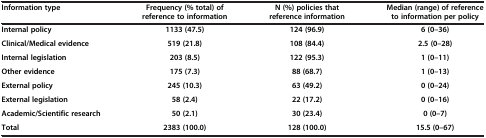
| Information type | Frequency (% total) of | N (%) policies that | Median (range) of reference |
 |  | reference to information | reference information | to information per policy |
 | --- | --- | --- | --- |
 | Internal policy | 1133 (47.5) | 124 (96.9) | 6 (0–36) |
 | Clinical/Medical evidence | 519 (21.8) | 108 (84.4) | 2.5 (0–28) |
 | Internal legislation | 203 (8.5) | 122 (95.3) | 1 (0–11) |
 | Other evidence | 175 (7.3) | 88 (68.7) | 1 (0–13) |
 | External policy | 245 (10.3) | 63 (49.2) | 0 (0–24) |
 | External legislation | 58 (2.4) | 22 (17.2) | 0 (0–16) |
 | Academic/Scientific research | 50 (2.1) | 30 (23.4) | 0 (0–7) |
 | Total | 2383 (100.0) | 128 (100.0) | 15.5 (0–67) |